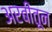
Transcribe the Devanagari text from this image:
अरबीतून